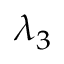
\lambda _ { 3 }